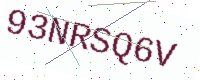
Text: 93NRSQ6V